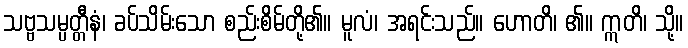
သဗ္ဗသမ္ပတ္တီနံ၊ ခပ်သိမ်းသော စည်းစိမ်တို့၏။ မူလံ၊ အရင်းသည်။ ဟောတိ၊ ၏။ ဣတိ၊ သို့။